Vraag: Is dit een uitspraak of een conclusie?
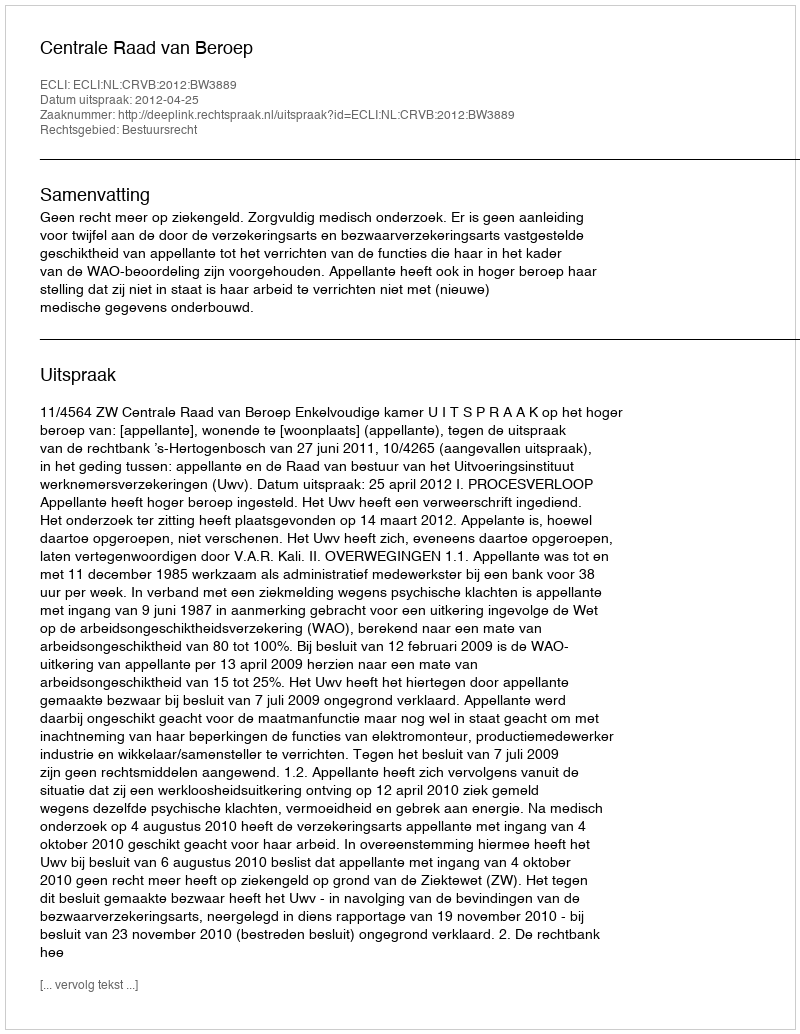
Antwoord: Uitspraak